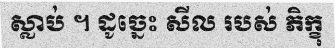
ស្លាប់ ។ ដូច្នេះ សីល របស់ ភិក្ខុ